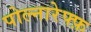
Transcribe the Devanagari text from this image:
पोल्नारेफ्फ़